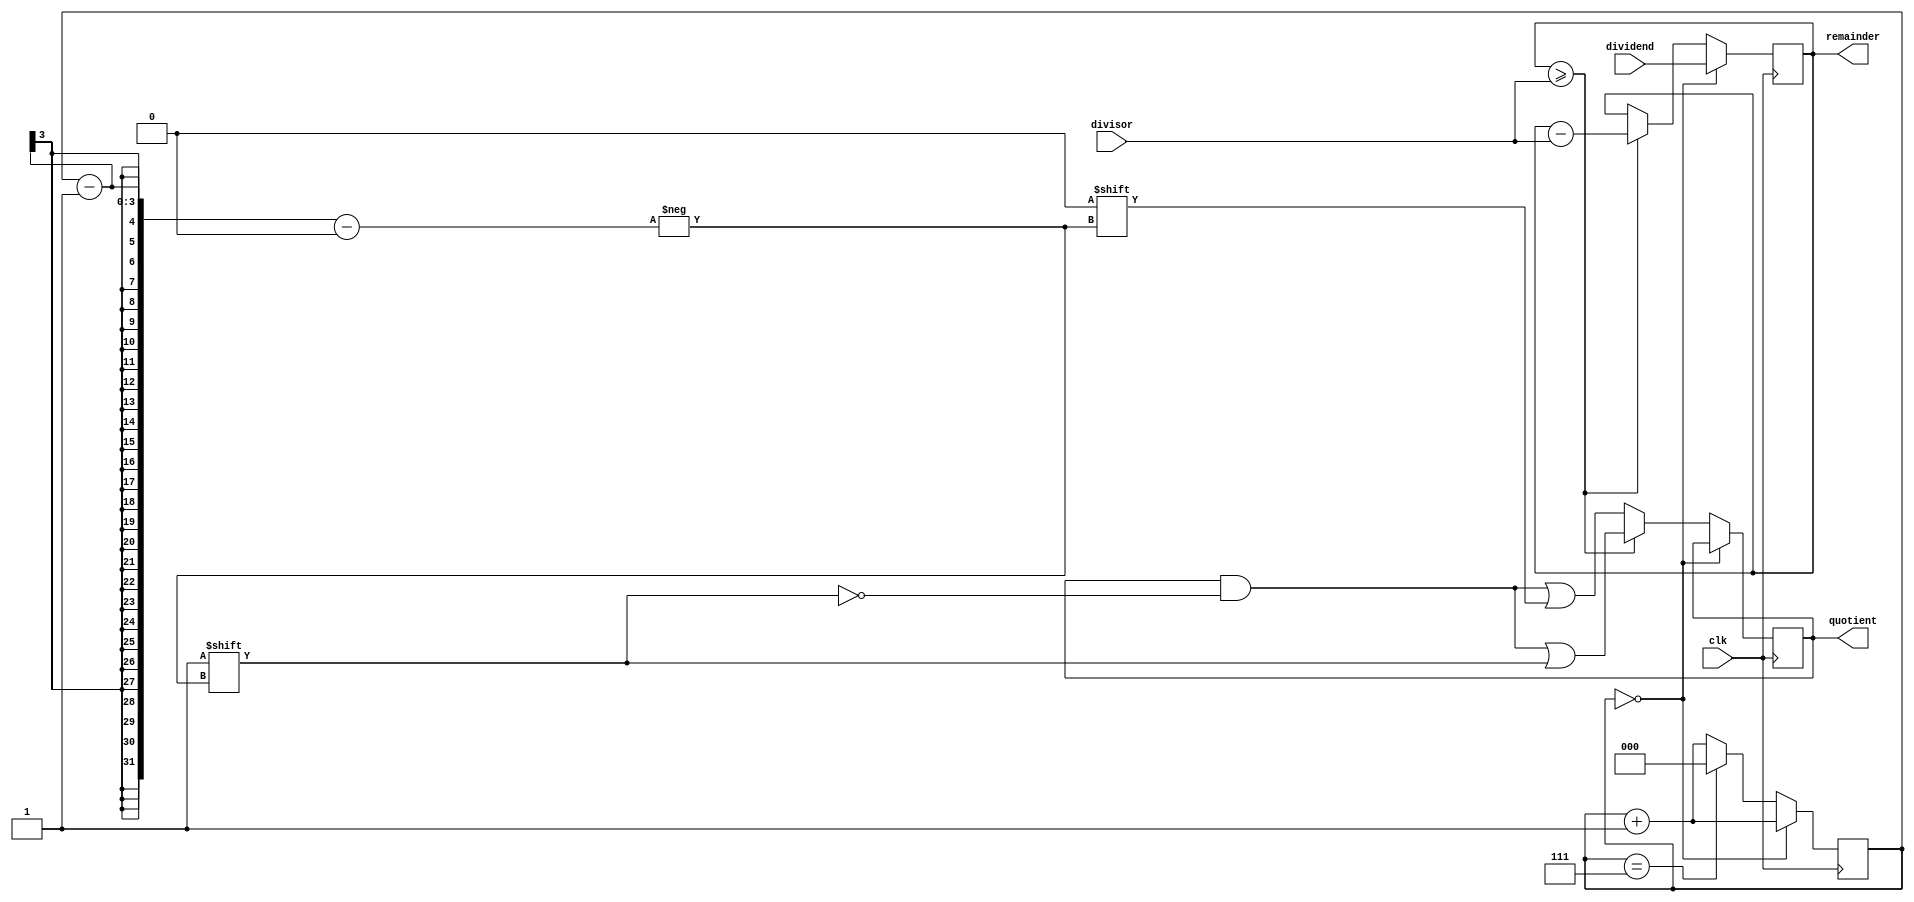
module binary_divider(
    input [7:0] dividend,
    input [7:0] divisor,
    output [7:0] quotient,
    output [7:0] remainder,
    input clk
);

reg [7:0] remain_dividend;
reg [7:0] temp_divisor;
reg [7:0] curr_remainder;
reg [7:0] temp_quotient;
reg [2:0] count;

always @(posedge clk) begin
    if(count == 0) begin
        remain_dividend <= dividend;
        curr_remainder <= dividend;
        temp_divisor <= divisor << 1;
        count <= count + 1;
    end else begin
        if(curr_remainder >= divisor) begin
            curr_remainder <= curr_remainder - divisor;
            temp_quotient[count-1] <= 1;
        end else begin
            temp_quotient[count-1] <= 0;
        end
        
        temp_divisor <= temp_divisor >> 1;
        count <= count + 1;
        
        if(count == 7) begin
            count <= 0;
        end
    end
end

assign quotient = temp_quotient;
assign remainder = curr_remainder;

endmodule